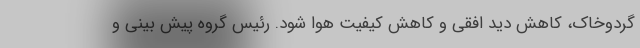
گردوخاک، کاهش دید افقی و کاهش کیفیت هوا شود. رئیس گروه پیش بینی و